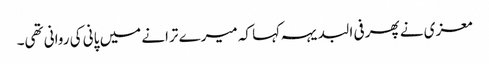
معزی نے پھر فی البدیہہ کہا کہ میرے ترانے میں پانی کی روانی تھی۔